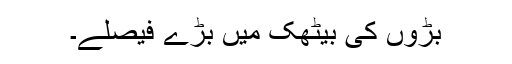
بڑوں کی بیٹھک میں بڑے فیصلے۔